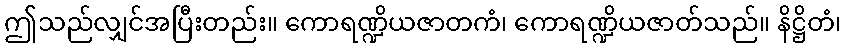
ဤသည်လျှင်အပြီးတည်း။ ကောရဏ္ဍိယဇာတကံ၊ ကောရဏ္ဍိယဇာတ်သည်။ နိဋ္ဌိတံ၊